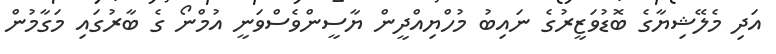
އަދި މެލޭޝިޔާގެ ބޮޑުވަޒީރުގެ ނައިބު މުހްޔިއްދީން ޔާސީންވެސްވަނީ އުމްނޯ ގެ ބާރުގައި މަގާމުން